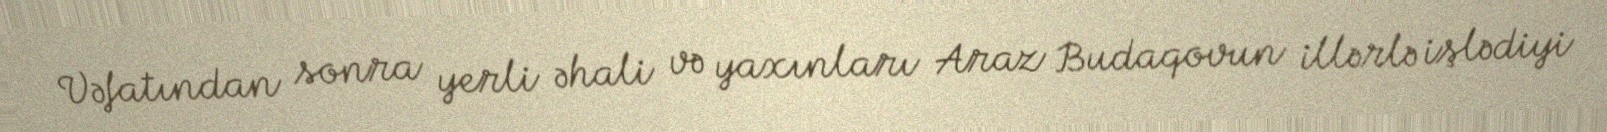
Vəfatından sonra yerli əhali və yaxınları Araz Budaqovun illərlə işlədiyi